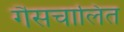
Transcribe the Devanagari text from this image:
गैसचालित